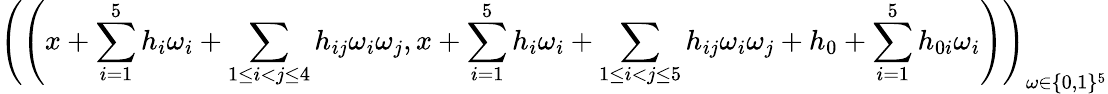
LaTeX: \left(\left(x+\sum_{i=1}^{5}h_{i}\omega_{i}+\sum_{1\leq i<j\leq 4}h_{ij}\omega_{i}\omega_{j},x+\sum_{i=1}^{5}h_{i}\omega_{i}+\sum_{1\leq i<j\leq 5}h_{ij}\omega_{i}\omega_{j}+h_{0}+\sum_{i=1}^{5}h_{0i}\omega_{i}\right)\right)_{\omega\in\{ 0,1\} ^{5}}